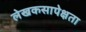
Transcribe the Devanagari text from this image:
लेखकसापेक्षता